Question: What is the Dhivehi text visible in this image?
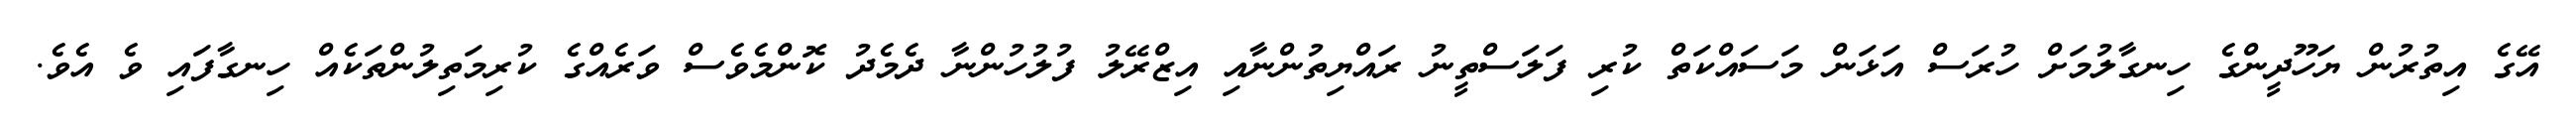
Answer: އޭގެ އިތުރުން ޔަހޫދީންގެ ހިނގާލުމަށް ހުރަސް އަޅަން މަސައްކަތް ކުރި ފަލަސްތީނު ރައްޔިތުންނާއި އިޒްރޭލު ފުލުހުންނާ ދެމެދު ކޮންމެވެސް ވަރެއްގެ ކުރިމަތިލުންތަކެއް ހިނގާފައި ވެ އެވެ.